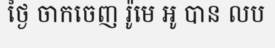
ថ្ងៃ ចាកចេញ រ៉ូមេ អូ បាន លប